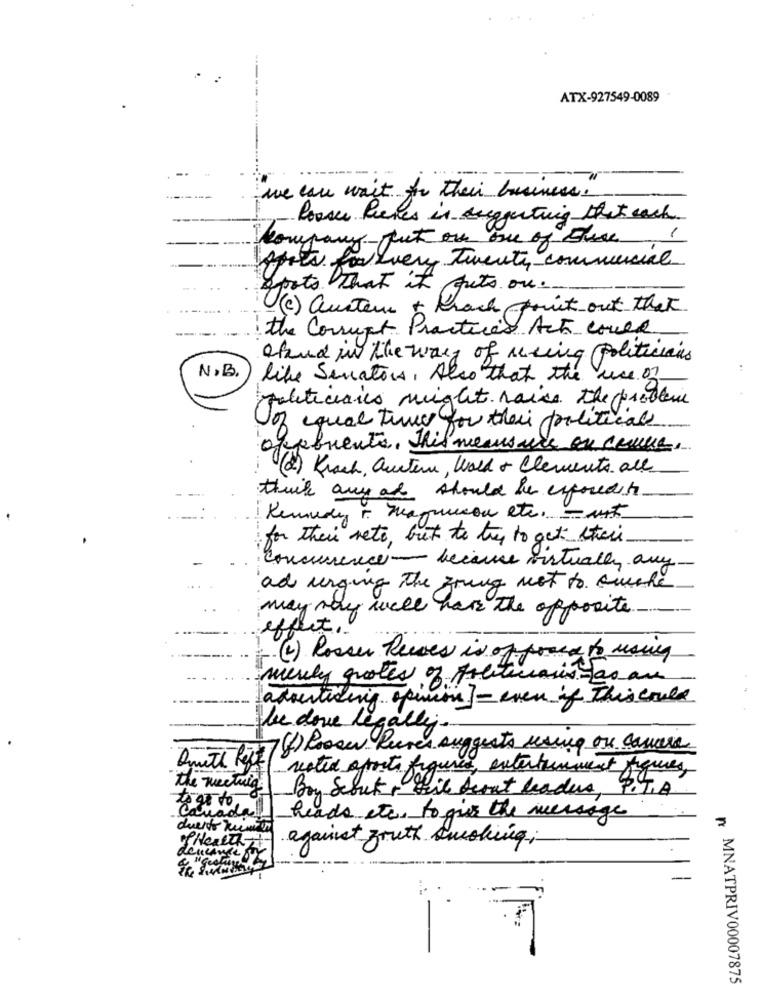
ATX-927549-0089
we can wait for their business.
Rooser Reeves is deeggenting that each
1
company fut ou one of these
Après forevery twenty commercial
pots that it puts ou.
(C) auster + krach point out that
the Corrupt Practices Ach could
efound in the way of meling politicians
N.B.
like Senators, Also that the use of
politicails might raise the problem
Joz equal time for their political
affluents. This meansare on comune,
(2) Krach, auxter, Wold + Clements all
thick any at should be exposedits
Kennedy i. Magnuson etc. - mit
for their neto, but to try to get there
Concurrence - became virtually any
ad urging the grung not to couche
may may well have the opposite.
effect!
(2 ) losses Reces is of posed to using
merely grotes of freeturais- fas are
advertising opinion ] - even if this could
le dove legally.
(f) Posou Pures suggests using ou camera
noted sports figures, entertainment figures,
the meeting
Boy Scout + teile Scout leaders, P.T.A
Canad
heads etc, to give the message
duerto kunden
against south smoking ;-
SHealth
dencancer
n MNATPRIV00007875